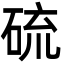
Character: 硫